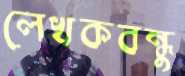
লেখকবন্ধু